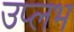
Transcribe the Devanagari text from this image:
उप्लभ